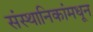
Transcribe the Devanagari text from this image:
संस्थानिकांमधून